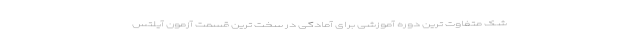
شک متفاوت ترین دوره آموزشی برای آمادگی در سخت ترین قسمت آزمون آیلتس